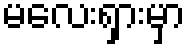
မလေးရှားမှာ